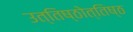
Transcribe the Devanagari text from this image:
उत्तिष्ठोत्तिष्ठ